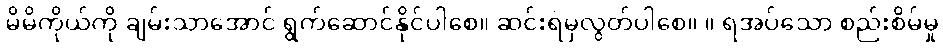
မိမိကိုယ်ကို ချမ်းသာအောင် ရွက်ဆောင်နိုင်ပါစေ။ ဆင်းရဲမှလွတ်ပါစေ။ ။ ရအပ်သော စည်းစိမ်မှု